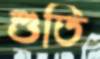
শুতি